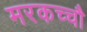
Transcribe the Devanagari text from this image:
मरकच्चौ